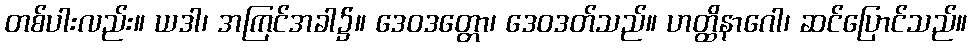
တစ်ပါးလည်း။ ယဒါ၊ အကြင်အခါ၌။ ဒေဝဒတ္တော၊ ဒေဝဒတ်သည်။ ဟတ္ထိနာဂေါ၊ ဆင်ပြောင်သည်။